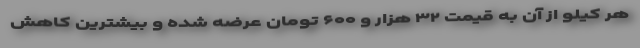
هر کیلو از آن به قیمت ۳۲ هزار و ۶۰۰ تومان عرضه شده و بیشترین کاهش